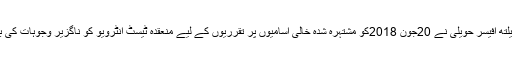
11 جون2018ء)ڈسٹرکٹ ہیلتھ آفیسر حویلی نے 20جون 2018کو مشتہرہ شدہ خالی آسامیوں پر تقرریوں کے لیے منعقدہ ٹیسٹ انٹرویو کو ناگزیر وجوہات کی بناء پر منسوخ کر دئیے ہیں ۔